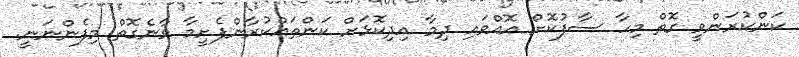
ކަންކުރަންވީ ގޮތް މިހާ ސާފުކޮށް އޮއްވައި ދިމާ އިދިކޮޅަށް ކަންތައްކުރާންފެށީމާ ވާނެގޮތް މިފެންނަނީ.